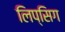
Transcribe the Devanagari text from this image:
लिप्सिग